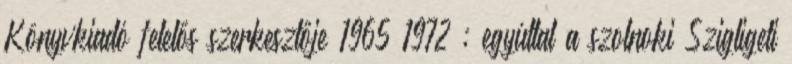
Könyvkiadó felelős szerkesztője 1965–1972 ; egyúttal a szolnoki Szigligeti